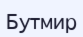
Бутмир